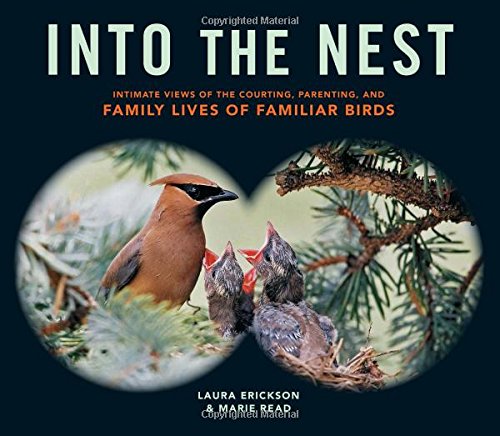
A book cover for Into the Nest: Intimate Views of the Courting, Parenting, and Family Lives of Familiar Birds; Laura Erickson; Science & Math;